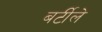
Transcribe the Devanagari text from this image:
बर्टीले